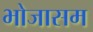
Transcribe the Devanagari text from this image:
भोजासम